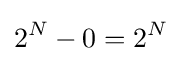
2^{N}-0=2^{N}